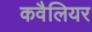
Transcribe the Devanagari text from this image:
कवैलियर